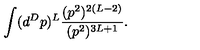
\int ( d ^ { D } p ) ^ { L } { \frac { ( p ^ { 2 } ) ^ { 2 ( L - 2 ) } } { ( p ^ { 2 } ) ^ { 3 L + 1 } } } .